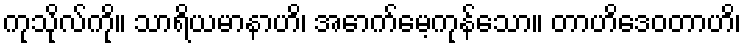
ကုသိုလ်ကို။ သာရိယမာနာဟိ၊ အောက်မေ့ကုန်သော။ တာဟိဒေဝတာဟိ၊